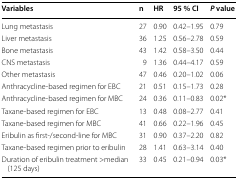
<table><thead><tr><td><b>Variables</b></td><td><b>n</b></td><td><b>HR</b></td><td><b>95 % CI</b></td><td><b><i>P</i> value</b></td></tr></thead><tbody><tr><td>Lung metastasis</td><td>27</td><td>0.90</td><td>0.42–1.95</td><td>0.79</td></tr><tr><td>Liver metastasis</td><td>36</td><td>1.25</td><td>0.56–2.78</td><td>0.59</td></tr><tr><td>Bone metastasis</td><td>43</td><td>1.42</td><td>0.58–3.50</td><td>0.44</td></tr><tr><td>CNS metastasis</td><td>9</td><td>1.36</td><td>0.44–4.17</td><td>0.59</td></tr><tr><td>Other metastasis</td><td>47</td><td>0.46</td><td>0.20–1.02</td><td>0.06</td></tr><tr><td>Anthracycline-based regimen for EBC</td><td>21</td><td>0.51</td><td>0.15–1.73</td><td>0.28</td></tr><tr><td>Anthracycline-based regimen for MBC</td><td>24</td><td>0.36</td><td>0.11–0.83</td><td>0.02*</td></tr><tr><td>Taxane-based regimen for EBC</td><td>13</td><td>0.48</td><td>0.08–2.77</td><td>0.41</td></tr><tr><td>Taxane-based regimen for MBC</td><td>41</td><td>0.66</td><td>0.22–1.96</td><td>0.45</td></tr><tr><td>Eribulin as first-/second-line for MBC</td><td>31</td><td>0.90</td><td>0.37–2.20</td><td>0.82</td></tr><tr><td>Taxane-based regimen prior to eribulin</td><td>28</td><td>1.41</td><td>0.63–3.14</td><td>0.40</td></tr><tr><td>Duration of eribulin treatment &gt;median (125 days)</td><td>33</td><td>0.45</td><td>0.21–0.94</td><td>0.03*</td></tr></tbody></table>